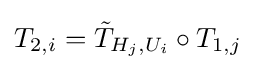
T_{2,i}={\tilde {T}}_{H_{j},U_{i}}\circ T_{1,j}